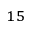
^ { 1 5 }